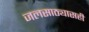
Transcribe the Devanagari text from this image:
जलसाठ्यासही